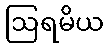
ဩရမိယ